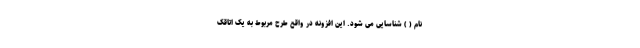
نام ( ) شناسایی می شود. این افزونه در واقع طرح مربوط به یک اتاقک